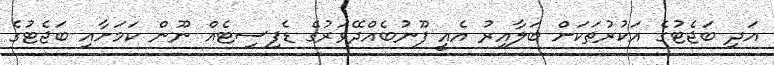
އަދި ބަޖެޓުގެ އަކުރުތަކަށް ބަލާއިރު އެއީ ފޫނުބެއްދޭވަރުގެ ޑެފިސިޓެއް ނޫން ކަމަށާއި ބަޖެޓުގެ